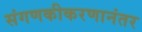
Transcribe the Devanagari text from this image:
संगणकीकरणानंतर